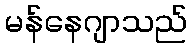
မန်နေဂျာသည်